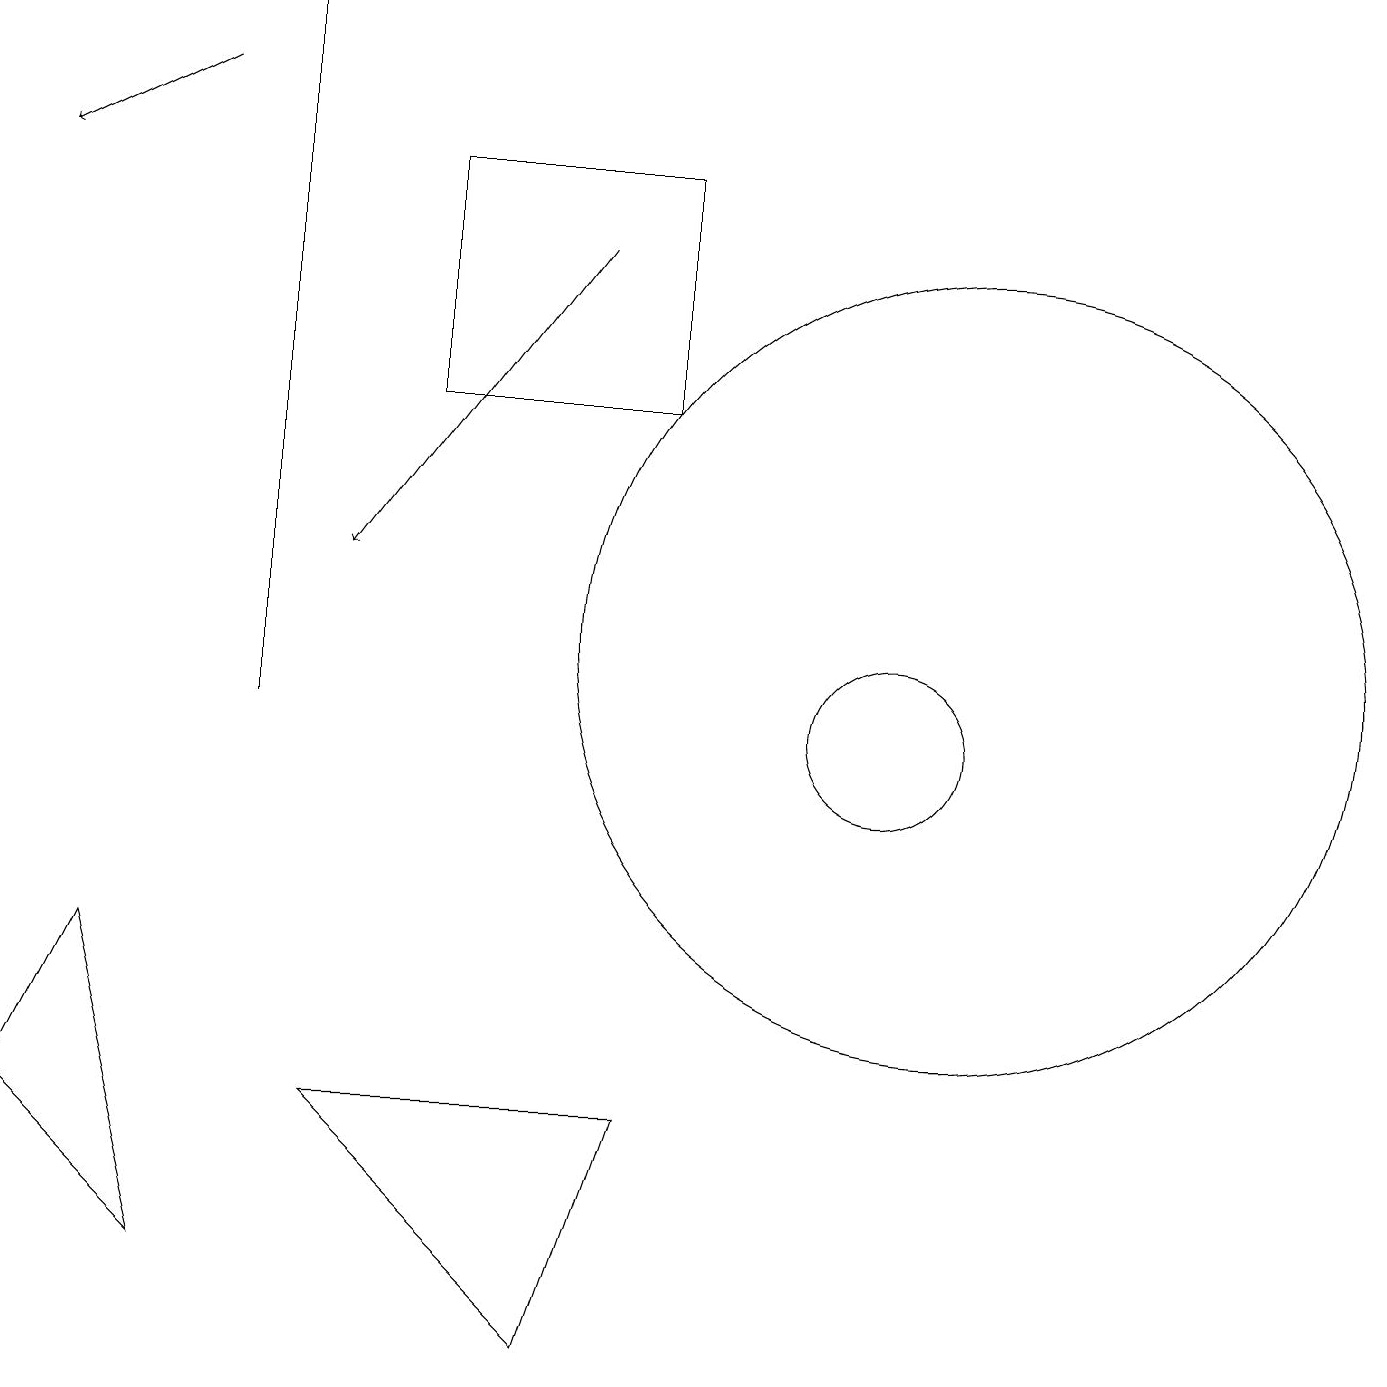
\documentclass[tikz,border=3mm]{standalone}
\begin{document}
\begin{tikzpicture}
\draw (12,11) circle (5);
\draw[->] (7,16) -- (4,12);
\draw (5,17) rectangle (8,14);
\draw (11,10) circle (1);
\draw[->] (2,18) -- (0,17);
\draw (4,5) -- (7,2) -- (8,5) -- cycle;
\draw (0,5) -- (1,7) -- (2,3) -- cycle;
\draw (3,10) rectangle (3,19);
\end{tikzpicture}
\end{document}